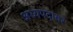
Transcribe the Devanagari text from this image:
अध्यपदावर